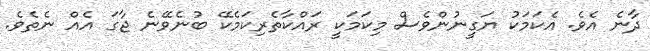
ދާނެ އެވެ. އެކަމަކު ޔަގީނުންވެސް މިކަމަކީ ރައްކާތެރިކަމެކޭ ބުނެވޭނެ ޖާގަ އެއް ނެތެވެ.